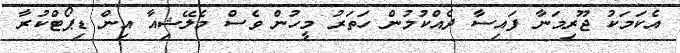
އެކަމަކު ޖޫރިމަނާ ފައިސާ ދެއްކުމުން ހަަތަރު މީހުން ވެސް މެލޭޝިއާ އިން ޑިޕޯޓްކުރާ